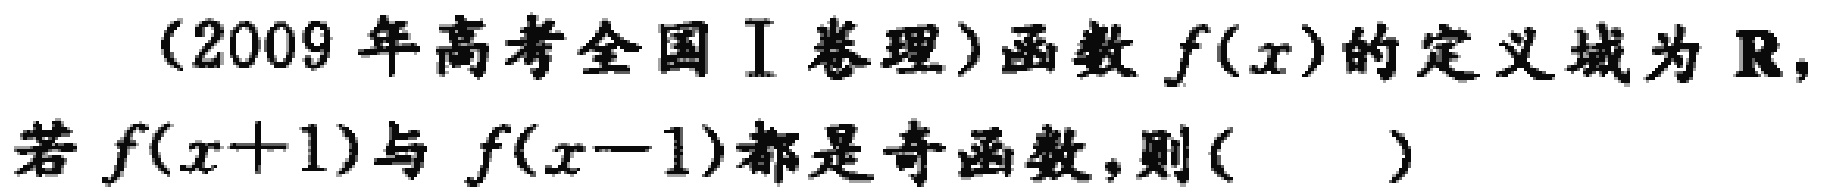
(2009 年高考全国 I 卷理)函数 \(f(x)\) 的定义域为 \(\mathbf{R}\)，若 \(f(x + 1)\) 与 \(f(x - 1)\) 都是奇函数，则( )